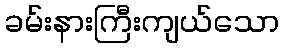
ခမ်းနားကြီးကျယ်သော